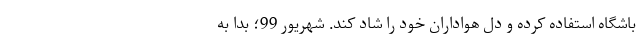
باشگاه استفاده کرده و دل هواداران خود را شاد کند. شهریور 99؛ بدا به